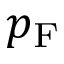
p _ { \mathrm { F } }